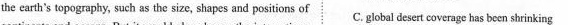
the earth's to pography, such as the size, shapes and positions of C. glebal desert coverage has been shrinking